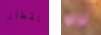
بقطار نزلوا